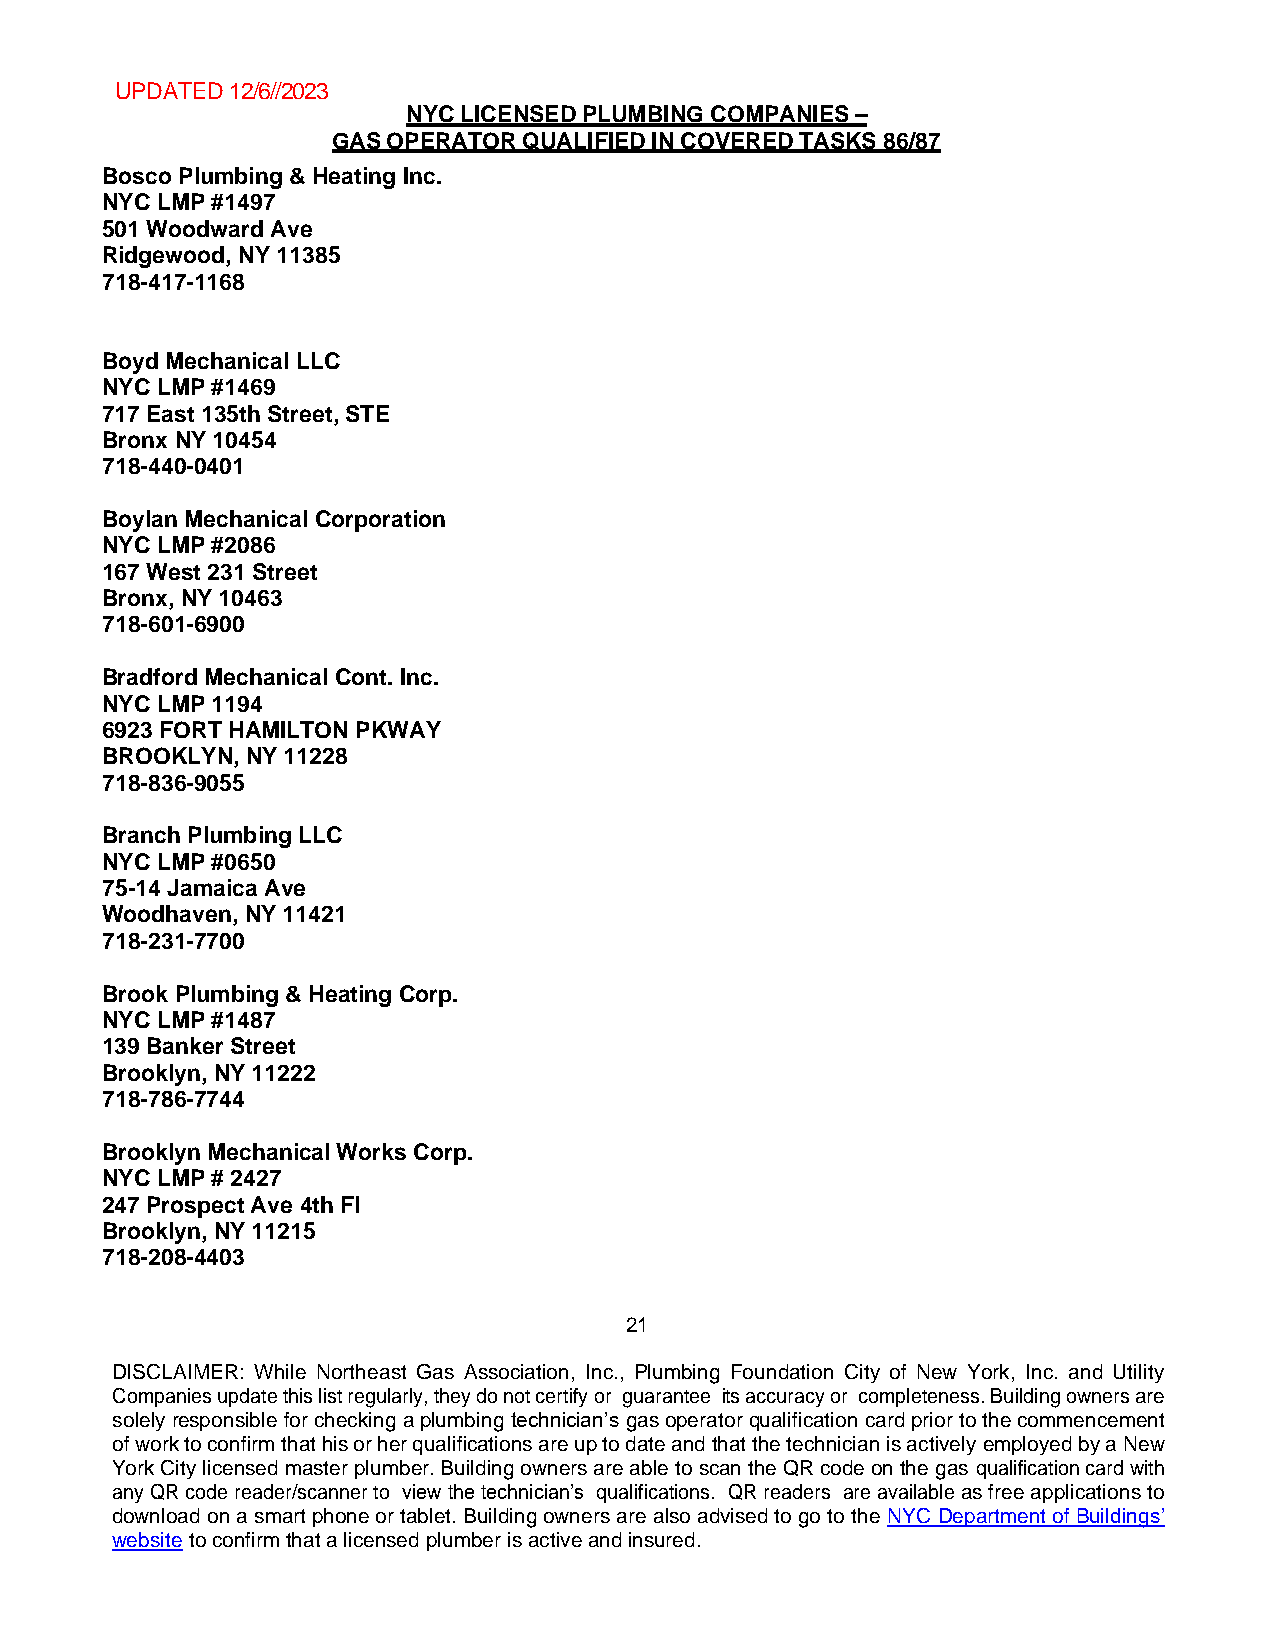
UPDATED 12/6//2023
 NYC LICENSED PLUMBING COMPANIES –
 GAS OPERATOR QUALIFIED IN COVERED TASKS 86/87
 Bosco Plumbing & Heating Inc.
 NYC LMP #1497
 501 Woodward Ave
 Ridgewood, NY 11385
 718-417-1168
 Boyd Mechanical LLC
 NYC LMP #1469
 717 East 135th Street, STE
 Bronx NY 10454
 718-440-0401
 Boylan Mechanical Corporation
 NYC LMP #2086
 167 West 231 Street
 Bronx, NY 10463
 718-601-6900
 Bradford Mechanical Cont. Inc.
 NYC LMP 1194
 6923 FORT HAMILTON PKWAY
 BROOKLYN, NY 11228
 718-836-9055
 Branch Plumbing LLC
 NYC LMP #0650
 75-14 Jamaica Ave
 Woodhaven, NY 11421
 718-231-7700
 Brook Plumbing & Heating Corp.
 NYC LMP #1487
 139 Banker Street
 Brooklyn, NY 11222
 718-786-7744
 Brooklyn Mechanical Works Corp.
 NYC LMP # 2427
 247 Prospect Ave 4th Fl
 Brooklyn, NY 11215
 718-208-4403
 21
 DISCLAIMER: While Northeast Gas Association, Inc., Plumbing Foundation City of New York, Inc. and Utility
 Companies update this list regularly, they do not certify or guarantee its accuracy or completeness. Building owners are
 solely responsible for checking a plumbing technician’s gas operator qualification card prior to the commencement
 of work to confirm that his or her qualifications are up to date and that the technician is actively employed by a New
 York City licensed master plumber. Building owners are able to scan the QR code on the gas qualification card with
 any QR code reader/scanner to view the technician’s qualifications. QR readers are available as free applications to
 download on a smart phone or tablet. Building owners are also advised to go to the NYC Department of Buildings’
 website to confirm that a licensed plumber is active and insured.